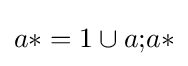
a{*}=1\cup a{\mathbin {;}}a{*}\,\!